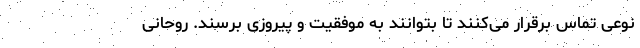
نوعی تماس برقرار می‌کنند تا بتوانند به موفقیت و پیروزی برسند. روحانی